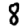
Digit: 8